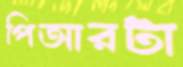
পিআরটা